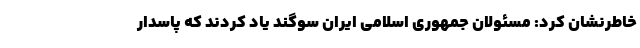
خاطرنشان کرد: مسئولان جمهوری اسلامی ایران سوگند یاد کردند که پاسدار